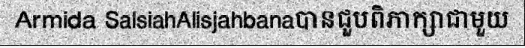
Armida SalsiahAlisjahbanaបានជួបពិភាក្សាជាមួយ